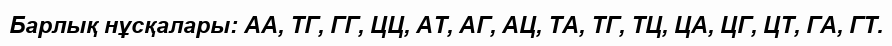
Барлық нұсқалары: АА, ТГ, ГГ, ЦЦ, АТ, АГ, АЦ, ТА, ТГ, ТЦ, ЦА, ЦГ, ЦТ, ГА, ГТ.